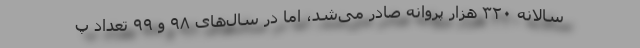
سالانه ۳۲۰ هزار پروانه صادر می‌شد، اما در سال‌های ۹۸ و ۹۹ تعداد پ